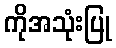
ကိုအသုံးပြု